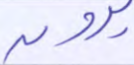
يرون